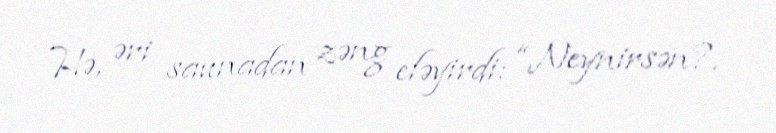
Hə, əri saunadan zəng eləyirdi: “Neynirsən?.